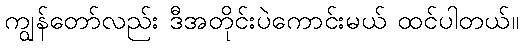
ကျွန်တော်လည်း ဒီအတိုင်းပဲကောင်းမယ် ထင်ပါတယ်။